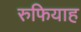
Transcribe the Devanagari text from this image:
रुफियाह